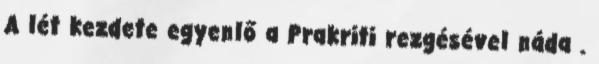
A lét kezdete egyenlő a Prakriti rezgésével náda .